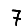
Digit: 7